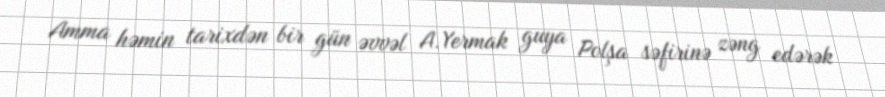
Amma həmin tarixdən bir gün əvvəl A.Yermak guya Polşa səfirinə zəng edərək